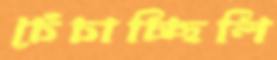
চেঁচাচ্ছিলি